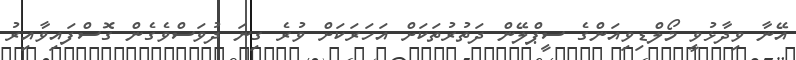
އޭނާ ވިދާޅުވީ މޯލްޑިވިއަންގެ ސީޕްލޭން ދަތުރުތަކަށް އަހަރަކަށް ވުރެ ގިނަ ދުވަސްވެގެން ގޮސްފައިވާއިރު